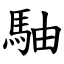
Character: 駎